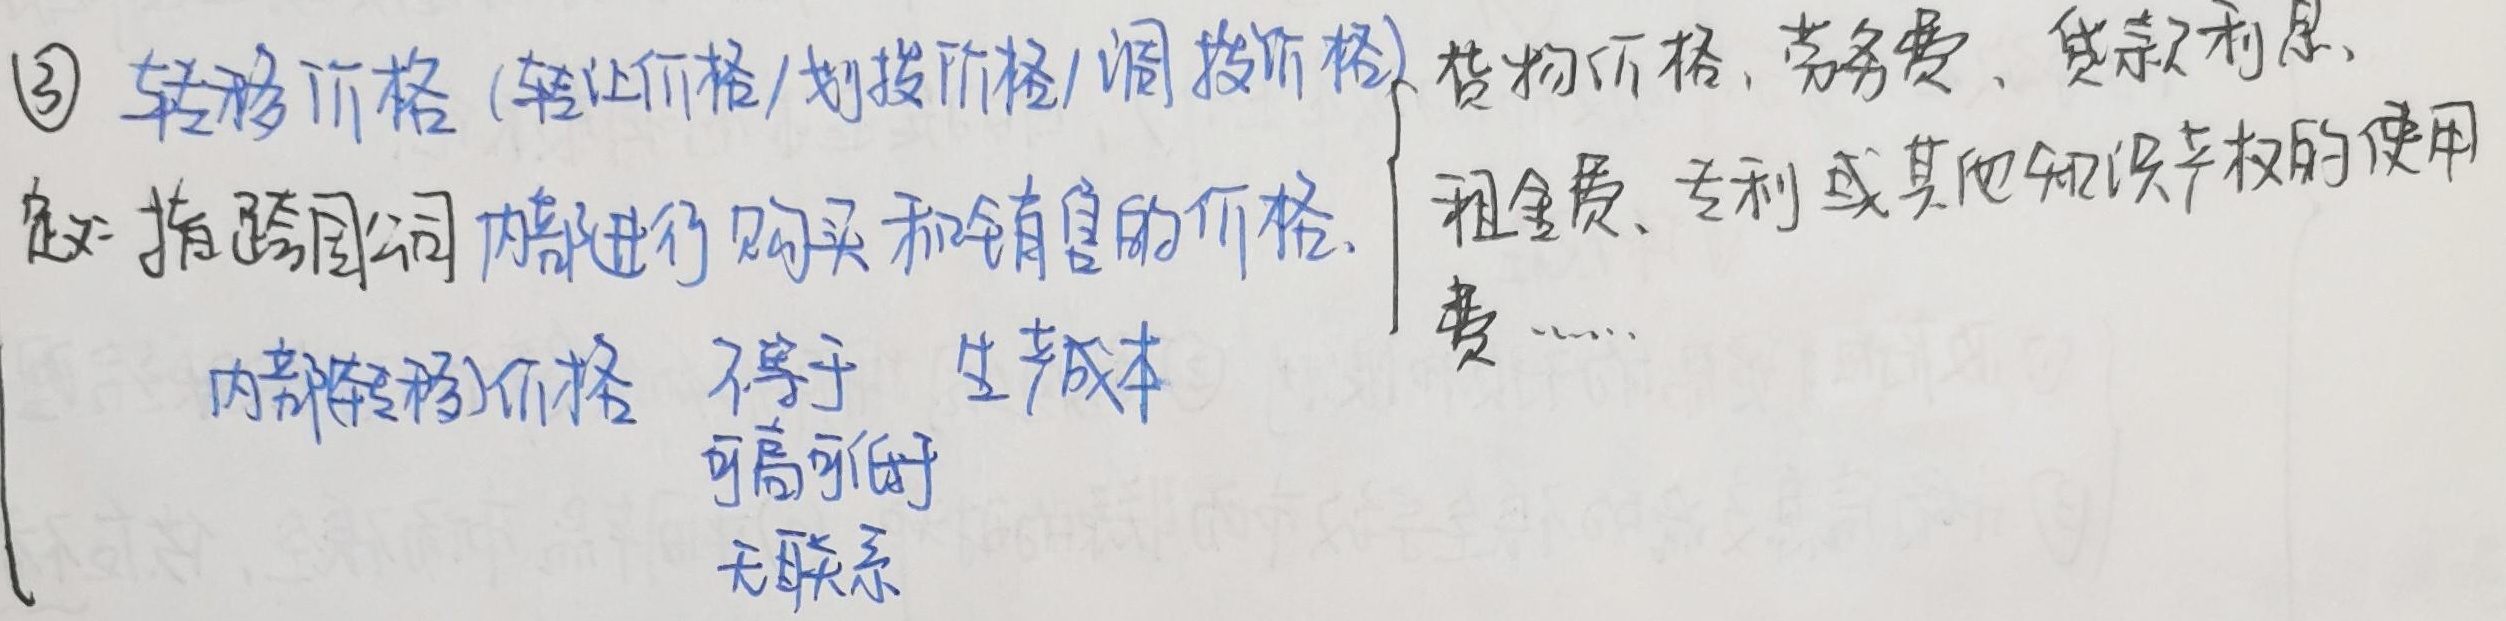
\textcircled{3} 转移价格（转让价格/划拨价格/调拨价格）定义：指跨国公司内部进行购买和销售的价格。
内部转移价格 不等于 生产成本，可高可低，无联系
货物价格、劳务费、贷款利息、
租金费、专利或其他知识产权的使用费 ……